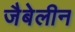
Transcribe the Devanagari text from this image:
जैबेलीन